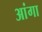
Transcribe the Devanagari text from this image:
आंगा